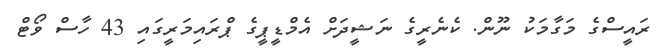
ރައީސްގެ މަގާމަކު ނޫން. ކެނެރީގެ ނަޝީދަށް އެމްޑީޕީގެ ޕްރައިމަރީގައި 43 ހާސް ވޯޓް